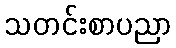
သတင်းစာပညာ